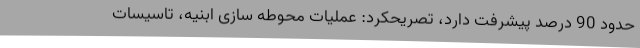
حدود 90 درصد پیشرفت دارد، تصریحکرد: عملیات محوطه سازی ابنیه، تاسیسات